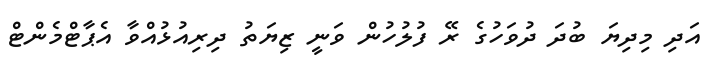
އަދި މިދިޔަ ބުދަ ދުވަހުގެ ރޭ ފުލުހުން ވަނީ ޒިޔަތު ދިރިއުޅުއްވާ އެޕާޓްމެންޓް